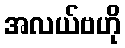
အလယ်ဗဟို